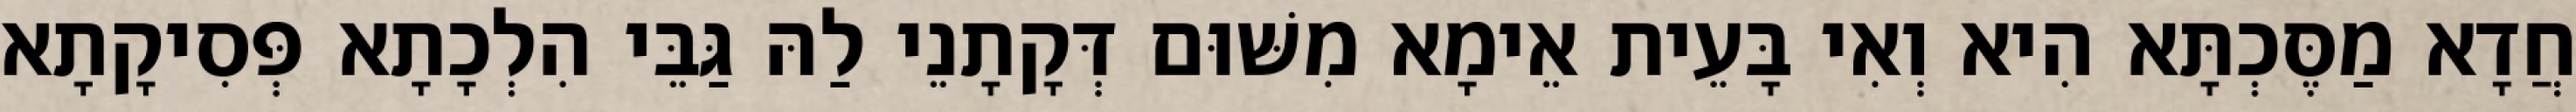
חֲדָא מַסֶּכְתָּא הִיא וְאִי בָּעֵית אֵימָא מִשּׁוּם דְּקָתָנֵי לַהּ גַּבֵּי הִלְכָתָא פְּסִיקָתָא